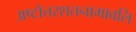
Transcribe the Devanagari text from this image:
अष्टोत्तरशतनामावलि